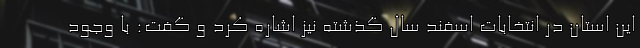
این استان در انتخابات اسفند سال گذشته نیز اشاره کرد و گفت: با وجود